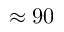
\approx 9 0